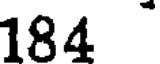
184